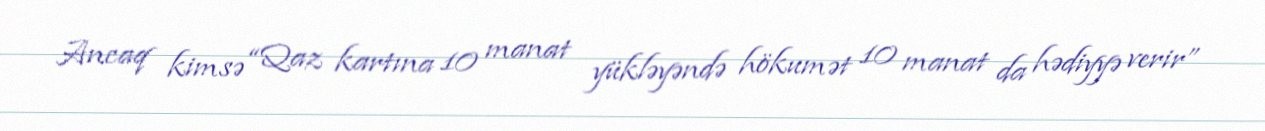
Ancaq kimsə “Qaz kartına 10 manat yükləyəndə hökumət 10 manat da hədiyyə verir”